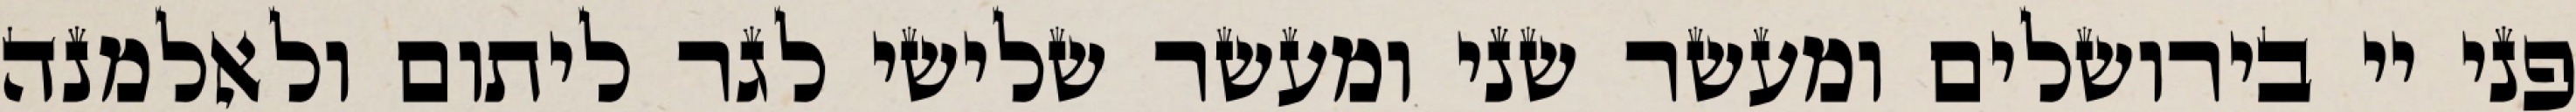
פני יי בירושלים ומעשר שני ומעשר שלישי לגר ליתום ולאלמנה